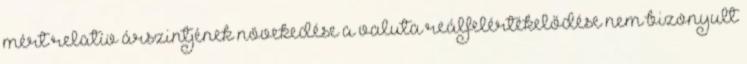
mért relatív árszintjének növekedése a valuta reálfelértékelődése nem bizonyult